Report of the Lahore Medical School Hospital
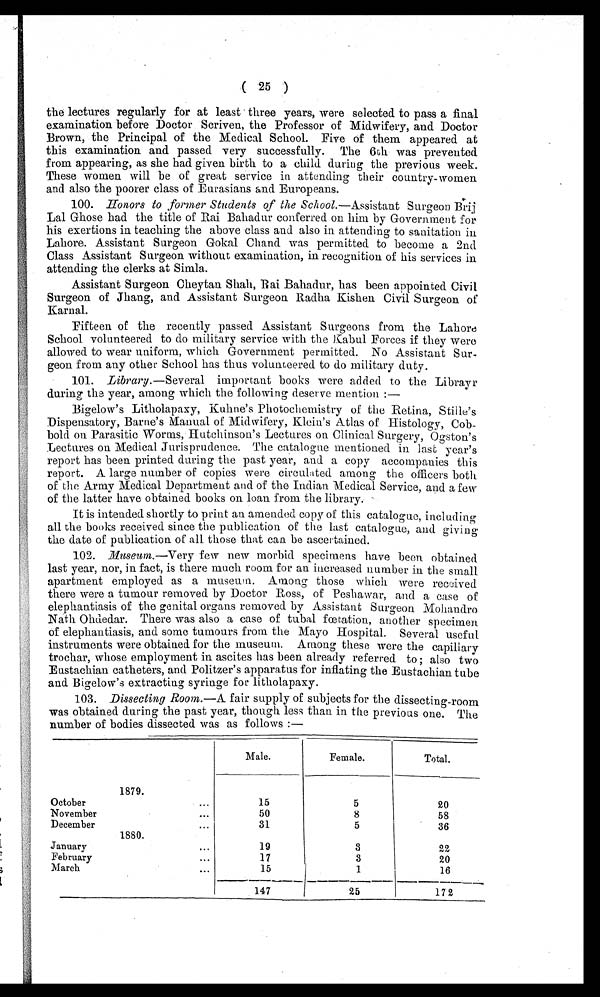
( 25 )
the lectures regularly for at least three years, were selected to pass a final
examination before Doctor Scriven, the Professor of Midwifery, and Doctor
Brown, the Principal of the Medical School. Five of them appeared at
this examination and passed very successfully. The 6th was prevented
from appearing, as she had given birth to a child during the previous week.
These women will be of great service in attending their country-women
and also the poorer class of Eurasians and Europeans.
100. Honors to former Students of the School.—Assistant Surgeon Brij
Lal Ghose had the title of Rai Bahadur conferred on him by Government for
his exertions in teaching the above class and also in attending to sanitation
Lahore. Assistant Surgeon Gokal Chand was permitted to become a 2nd
Class Assistant Surgeon without examination, in recognition of his services in
attending the clerks at Simla.
Assistant Surgeon Cheytan Shah, Rai Bahadur, has been appointed Civil
Surgeon of Jhang, and Assistant Surgeon Radha Kishen Civil Surgeon of
b
Karnal.
Fifteen of the recently passed Assistant Surgeons from the Lahore
School volunteered to do military service with the Kabul Forces if they were
allowed to wear uniform, which Government permitted. No Assistant Sur
-
geon from any other School has thus volunteered to do military duty.
101. Library.—Several important books were added to the Librayr
during the year, among which the following deserve mention :
—
Bigelow's Litholapaxy, Kuhne's Photochemistry of the Retina, Stille's
Dispensatory, Barne's Manual of Midwifery, Klein's Atlas of Histology, Cob
-
bold on Parasitic Worms, Hutchinson's Lectures on Clinical Surgery, Ogston's
Lectures on Medical Jurisprudence. The catalogue mentioned in last year's
report has been printed during the past year, and a copy accompanies this
report. A large number of copies were circulated among the officers both
of the Army Medical Department and of the Indian Medical Service, and a few
of the latter have obtained books on loan from the library.
It is intended shortly to print an amended copy of this catalogue, including
all the books received since the publication of the last catalogue, and giving
the date of publication of all those that can be ascertained.
102.
Mnseum.—Very few new morbid specimens have been obtained
last year, nor, in fact, is there much room for an increased number in the small
apartment employed as a museun. Among those which were received
there were a tumour removed by Doctor Ross, of Peshawar, and a case of
elephantiasis of the genital organs removed by Assistant Surgeon Mohandro
Nath Ohdedar. There was also a case of tubal fœtation, another specimen
of elephantiasis, and some tumours from. the Mayo Hospital. Several useful
instruments were obtained for the museum. Among these were the capillary
trochar, whose employment in ascites has been already referred to ; also two
Eustachian catheters, and Politzer's apparatus for inflating the Eustachian tube
and. Bigelow's extracting syringe for litholapaxy.
103. Dissecting Room.—A fair supply of subjects for the dissecting-room
.
was obtained during the past year, though less than in the previous one. The
,
number of bodies dissected was as follows :—
Male.
Female.
Total.
1879.
October
15
5
20
November
...
50
8
58
December
...
31
5
36
1880.
January
...
19
3
22
February
...
17
3
20
March
••.
15
1
16
147
25
172